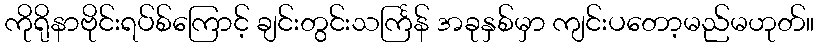
ကိုရိုနာဗိုင်းရပ်စ်ကြောင့် ချင်းတွင်းသင်္ကြန် အခုနှစ်မှာ ကျင်းပတော့မည်မဟုတ်။